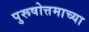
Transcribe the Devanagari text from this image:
पुरूषोत्तमाच्या